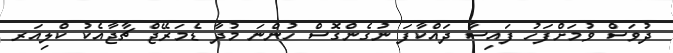
ދުވަސް ވުމަށްފަހު ފައިސާ ދައްކާފަ ނުގެންގޮސް ހުންނަ މުދާ ޑެމަރޭޖް ޗާޖާއެކު ކްލިއަރ